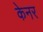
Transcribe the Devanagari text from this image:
केनर